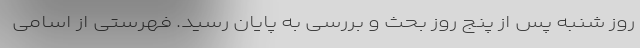
روز شنبه پس از پنج روز بحث و بررسی به پایان رسید. فهرستی از اسامی